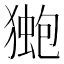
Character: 𭸤